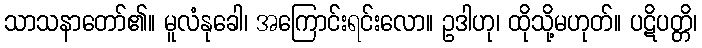
သာသနာတော်၏။ မူလံနုခေါ၊ အကြောင်းရင်းလော။ ဥဒါဟု၊ ထိုသို့မဟုတ်။ ပဋိပတ္တိ၊